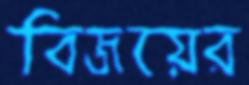
বিজয়ের